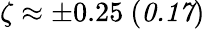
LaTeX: \zeta\approx\pm 0.25\ (\textit{0.17})